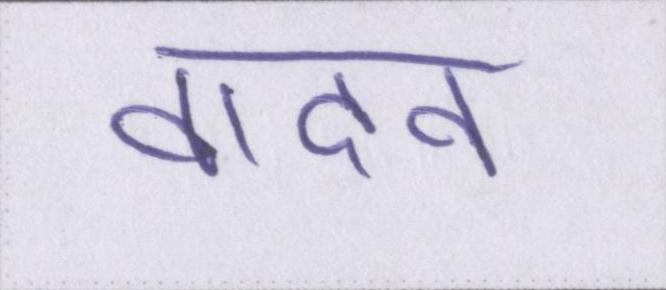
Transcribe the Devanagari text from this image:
वादन